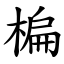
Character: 楄